Subject: physics
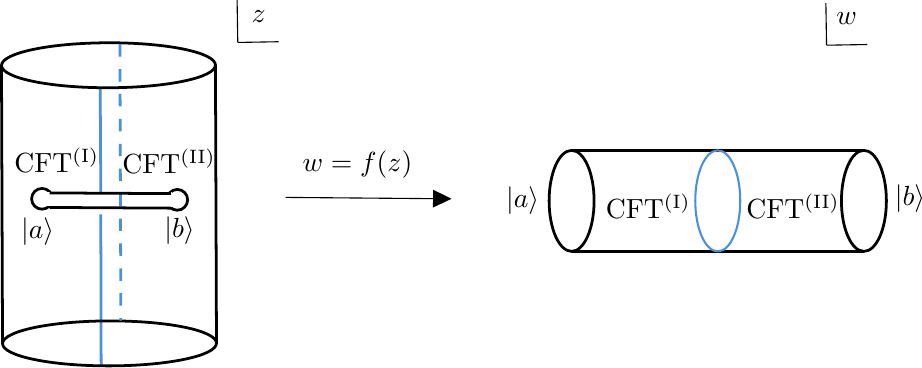
LaTeX code:
\begin{tikzpicture}[x=0.75pt,y=0.75pt,yscale=-1,xscale=1]

\draw  [line width=1.0] (138,110) .. controls (138,107.24) and (140.24,105) .. (143,105) .. controls (145.76,105) and (148,107.24) .. (148,110) .. controls (148,112.76) and (145.76,115) .. (143,115) .. controls (140.24,115) and (138,112.76) .. (138,110) -- cycle ;
\draw   [line width=1.0](203.17,110.5) .. controls (203.17,107.74) and (205.41,105.5) .. (208.17,105.5) .. controls (210.93,105.5) and (213.17,107.74) .. (213.17,110.5) .. controls (213.17,113.26) and (210.93,115.5) .. (208.17,115.5) .. controls (205.41,115.5) and (203.17,113.26) .. (203.17,110.5) -- cycle ;
\draw [line width=1.0] [color={rgb, 255:red, 255; green, 255; blue, 255 }  ,draw opacity=1 ][fill={rgb, 255:red, 255; green, 255; blue, 255 }  ,fill opacity=1 ] (146,107.33) -- (159.67,107.33) -- (159.67,113) -- (146,113) -- cycle ;
\draw [line width=1.0] [color={rgb, 255:red, 255; green, 255; blue, 255 }  ,draw opacity=1 ][fill={rgb, 255:red, 255; green, 255; blue, 255 }  ,fill opacity=1 ] (191.5,107.5) -- (205.17,107.5) -- (205.17,113.17) -- (191.5,113.17) -- cycle ;
\draw [line width=1.0][color={rgb, 255:red, 74; green, 144; blue, 226 }  ,draw opacity=1 ]   (171.05,56.5) -- (171.33,106.67) ;
\draw [line width=1.0][color={rgb, 255:red, 74; green, 144; blue, 226 }  ,draw opacity=1 ]   (171.33,117.5) -- (171.5,190.75) ;
\draw    (237,14.33) -- (237.33,34.67) ;
\draw    (257,34.33) -- (237.33,34.67) ;
\draw   (260.33,109.33) -- (337.33,109.98) ;
\draw  [line width=1.0][shift={(340.33,110)}, rotate = 180.48] [fill={rgb, 255:red, 0; green, 0; blue, 0 }  ][line width=0.08]  [draw opacity=0] (8.93,-4.29) -- (0,0) -- (8.93,4.29) -- cycle    ;
\draw    [line width=1.0](387.33,111) .. controls (387.33,97.56) and (392.18,86.67) .. (398.17,86.67) .. controls (404.15,86.67) and (409,97.56) .. (409,111) .. controls (409,124.44) and (404.15,135.33) .. (398.17,135.33) .. controls (392.18,135.33) and (387.33,124.44) .. (387.33,111) -- cycle ;
\draw    [line width=1.0] (398.17,86.67) -- (539,86.67) ;
\draw     [line width=1.0](398.17,135.33) -- (539,135.33) ;
\draw    [line width=1.0](528.17,111) .. controls (528.17,97.56) and (533.02,86.67) .. (539,86.67) .. controls (544.98,86.67) and (549.83,97.56) .. (549.83,111) .. controls (549.83,124.44) and (544.98,135.33) .. (539,135.33) .. controls (533.02,135.33) and (528.17,124.44) .. (528.17,111) -- cycle ;
\draw  [line width=1.0] [color={rgb, 255:red, 74; green, 144; blue, 226 }  ,draw opacity=1 ][line width=0.75]  (457.75,111) .. controls (457.75,97.56) and (462.6,86.67) .. (468.58,86.67) .. controls (474.57,86.67) and (479.42,97.56) .. (479.42,111) .. controls (479.42,124.44) and (474.57,135.33) .. (468.58,135.33) .. controls (462.6,135.33) and (457.75,124.44) .. (457.75,111) -- cycle ;
\draw    (520.67,15.67) -- (521,36) ;
\draw    (540.67,35.67) -- (521,36) ;
\draw    [line width=1.0](175.05,56.5) .. controls (146.59,56.55) and (123.5,51.75) .. (123.49,45.76) .. controls (123.48,39.78) and (146.55,34.89) .. (175.01,34.83) .. controls (203.48,34.78) and (226.56,39.58) .. (226.57,45.57) .. controls (226.58,51.55) and (203.52,56.44) .. (175.05,56.5) -- cycle ;
\draw    [line width=1.0](175.55,190.5) .. controls (147.09,190.55) and (124,185.75) .. (123.99,179.76) .. controls (123.98,173.78) and (147.05,168.89) .. (175.51,168.83) .. controls (203.98,168.78) and (227.06,173.58) .. (227.07,179.57) .. controls (227.08,185.55) and (204.02,190.44) .. (175.55,190.5) -- cycle ;
\draw     [line width=1.0](123.49,45.76) -- (123.99,179.76) ;
\draw     [line width=1.0](226.57,45.57) -- (227.07,179.57) ;
\draw  [line width=1.0][color={rgb, 255:red, 74; green, 144; blue, 226 }  ,draw opacity=1 ] [dash pattern={on 4.5pt off 4.5pt}]  (180.55,35.5) -- (181,168.75) ;
\draw    [line width=1.0] (146.67,107.17) -- (205.17,107.5) ;
\draw    [line width=1.0] (146.67,114.17) -- (205.17,114.5) ;

\draw (125,80.73) node [anchor=north west]   {CFT$^{\rm (I)}$};
\draw (177,81.07) node [anchor=north west]   {CFT$^{\rm (II)}$};
\draw (239.33,14.4) node [anchor=north west]   {$z$};
\draw (131.67,117.73) node [anchor=north west][inner sep=0.75pt]    {$|a\rangle $};
\draw (200.67,117.4) node [anchor=north west][inner sep=0.75pt]    {$|b\rangle $};
\draw (267.33,85.73) node [anchor=north west][inner sep=0.75pt]    {$w=f( z)$};
\draw (410,103.07) node [anchor=north west]   {CFT$^{\rm (I)}$};
\draw (477.67,102.73) node [anchor=north west]   {CFT$^{\rm (II)}$};
\draw (521,15.73) node [anchor=north west]   {$w$};
\draw (365.33,103.07) node [anchor=north west][inner sep=0.75pt]    {$|a\rangle $};
\draw (552.67,102.07) node [anchor=north west][inner sep=0.75pt]    {$|b\rangle $};

\end{tikzpicture}